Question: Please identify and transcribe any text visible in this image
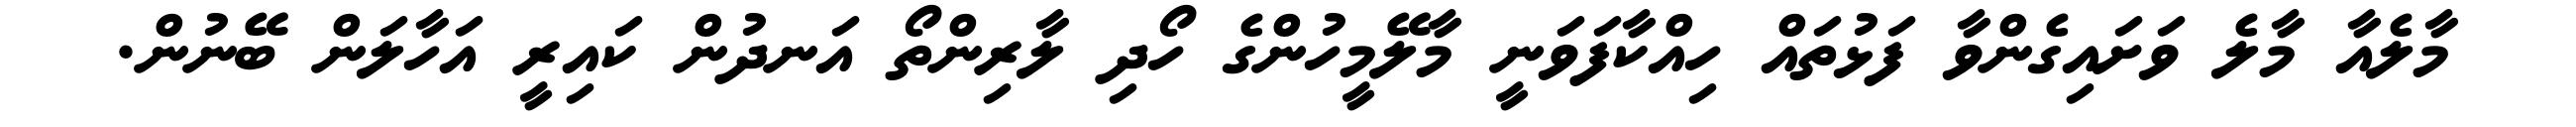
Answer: މާލެއާ މާލެ ވަށައިގެންވާ ފަޅުތައް ހިއްކާފަވަނީ މާލޭމީހުންގެ ހޯދި ލާރިންތޯ އަނދުން ކައިރީ އަހާލަން ބޭނުން.